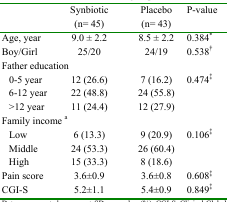
<table><thead><tr><td></td><td><b>Synbiotic(n= 45)</b></td><td><b>Placebo(n= 43)</b></td><td><b>P-value</b></td></tr></thead><tbody><tr><td>Age, year</td><td>9.0 ± 2.2</td><td>8.5 ± 2.2</td><td>0.384*</td></tr><tr><td>Boy/Girl</td><td>25/20</td><td>24/19</td><td>0.538†</td></tr><tr><td colspan="2">Father education</td><td></td><td></td></tr><tr><td>0-5 year</td><td>12 (26.6)</td><td>7 (16.2)</td><td rowspan="3">0.474‡</td></tr><tr><td>6-12 year</td><td>22 (48.8)</td><td>24 (55.8)</td></tr><tr><td>&gt;12 year</td><td>11 (24.4)</td><td>12 (27.9)</td></tr><tr><td colspan="2">Family income a</td><td></td><td></td></tr><tr><td>Low </td><td>6 (13.3)</td><td>9 (20.9)</td><td rowspan="3">0.106‡</td></tr><tr><td>Middle </td><td>24 (53.3)</td><td>26 (60.4)</td></tr><tr><td>High </td><td>15 (33.3)</td><td>8 (18.6)</td></tr><tr><td>Pain score</td><td>3.6±0.9</td><td>3.6±0.8</td><td>0.608‡</td></tr><tr><td>CGI-S</td><td>5.2±1.1</td><td>5.4±0.9</td><td>0.849‡</td></tr></tbody></table>